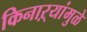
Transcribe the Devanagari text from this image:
किनाऱ्यांमुळे